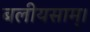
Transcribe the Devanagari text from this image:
बलीयसाम्।